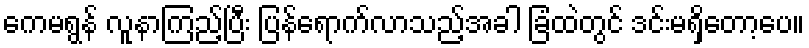
ကေမရွန် လူနာကြည့်ပြီး ပြန်ရောက်လာသည့်အခါ ခြံထဲတွင် ဒင်းမရှိတော့ပေ။